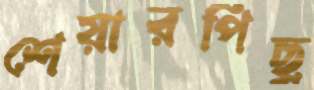
শেয়ারপিছু